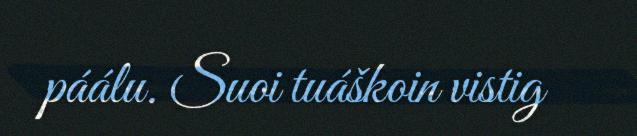
páálu. Suoi tuáškoin vistig